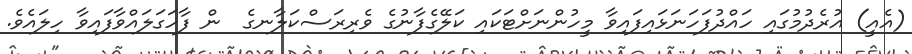
(އެއީ) އުރެދުމުގައި ހައްދުފަހަނަޅައިފައިވާ މީހުންނަށްޓަކައި ކަލޭގެފާނުގެ ވެރިރަސްކަލާނގެ  ން ފާހަގަލައްވާފައިވާ ހިލައެވެ.